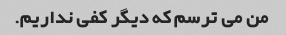
من می ترسم که دیگر کفی نداریم.